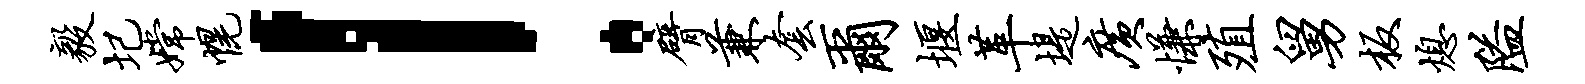
毅圮嫦幌！臂兼套尔堰革堤广慊殖舅板熄隘